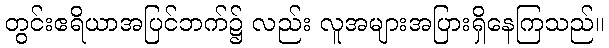
တွင်းဧရိယာအပြင်ဘက်၌ လည်း လူအများအပြားရှိနေကြသည်။